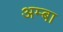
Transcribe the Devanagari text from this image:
अम्‍बा